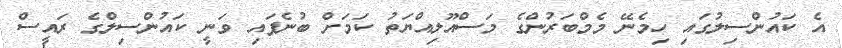
އެ ކައުންސިލުގައި ހިމެނޭ މެމްބަރުންގެ މަސްއޫލިއްޔަތު ކަމަށް ބުނެފައި ވަނީ ކައުންސިލްގެ ރައީސް